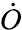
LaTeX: \dot{O}